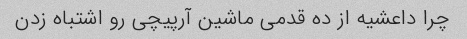
چرا داعشیه از ده قدمی ماشین آرپیچی رو اشتباه زدن